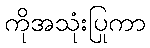
ကိုအသုံးပြုကာ